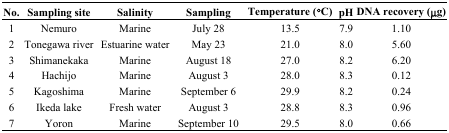
<table><thead><tr><td><b>No.</b></td><td><b>Sampling site</b></td><td><b>Salinity</b></td><td><b>Sampling</b></td><td><b>Temperature (°C)</b></td><td><b>pH</b></td><td><b>DNA recovery (μg)</b></td></tr></thead><tbody><tr><td>1</td><td>Nemuro</td><td>Marine</td><td>July 28</td><td>13.5</td><td>7.9</td><td>1.10</td></tr><tr><td>2</td><td>Tonegawa river</td><td>Estuarine water</td><td>May 23</td><td>21.0</td><td>8.0</td><td>5.60</td></tr><tr><td>3</td><td>Shimanekaka</td><td>Marine</td><td>August 18</td><td>27.0</td><td>8.2</td><td>6.20</td></tr><tr><td>4</td><td>Hachijo</td><td>Marine</td><td>August 3</td><td>28.0</td><td>8.3</td><td>0.12</td></tr><tr><td>5</td><td>Kagoshima</td><td>Marine</td><td>September 6</td><td>29.9</td><td>8.2</td><td>0.24</td></tr><tr><td>6</td><td>Ikeda lake</td><td>Fresh water</td><td>August 3</td><td>28.8</td><td>8.3</td><td>0.96</td></tr><tr><td>7</td><td>Yoron</td><td>Marine</td><td>September 10</td><td>29.5</td><td>8.0</td><td>0.66</td></tr></tbody></table>